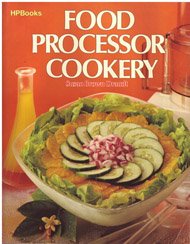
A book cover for Food Processor Cookery; Susan Brown Draudt; Cookbooks, Food & Wine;